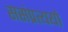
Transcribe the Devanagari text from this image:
ससंप्रत्ययो